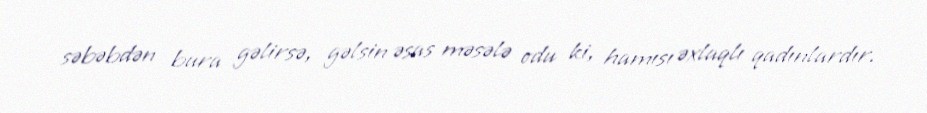
səbəbdən bura gəlirsə, gəlsin əsas məsələ odu ki, hamısı əxlaqlı qadınlardır.